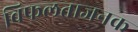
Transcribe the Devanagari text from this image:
विफलताजनक